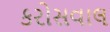
કરોસવાલ